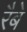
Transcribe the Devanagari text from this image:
रैबे